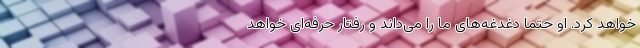
خواهد کرد. او حتماً دغدغه‌های ما را می‌داند و رفتار حرفه‌ای خواهد